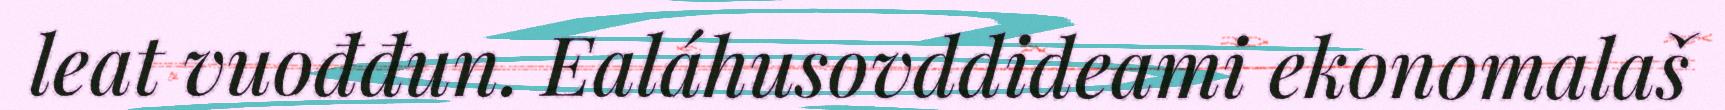
leat vuođđun. Ealáhusovddideami ekonomalaš